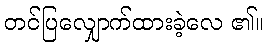
တင်ပြလျှောက်ထားခဲ့လေ ၏။